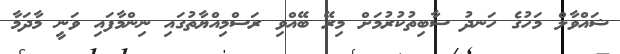
ޝައްވާލް މަހުގެ ހަނދު ސާބިތުކުރުމަށް މިރޭ ބޭއްވި ރަސްމިއްޔާތުގައި ނިންމާފައި ވަނީ މާދަމާ